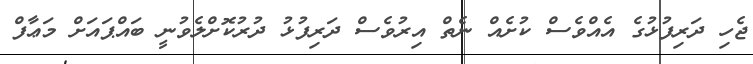
ޖެހި ދަރިފުޅުގެ އެއްވެސް ކުށެއް ނެތް އިރުވެސް ދަރިފުޅު ދުރުކޮށްލެވުނީ ބައްޕައަށް މަޢާފް